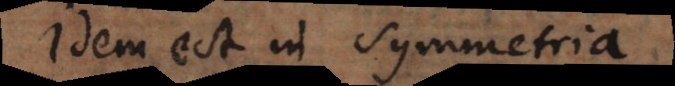
Idem est in Symmetria.